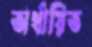
অর্থায়িত